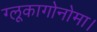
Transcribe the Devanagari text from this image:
ग्लूकागोनोमा।